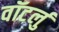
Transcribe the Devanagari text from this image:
वॉटर्लु